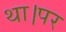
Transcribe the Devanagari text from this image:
था।पर